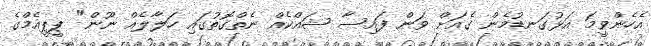
އެހެންވީމަ އަޅުގަނޑުމެން ގެއަށް ވަން ފައިސާ ޝައްކެއް ނެތްގޮތުގައި ހަލާލެއް ނޫން" ޕީޕީއެމްގެ